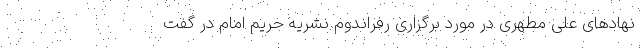
نهادهای علی مطهری در مورد برگزاری رفراندوم نشریه حریم امام در گفت